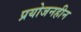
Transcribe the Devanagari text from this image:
प्रयोजनहीन